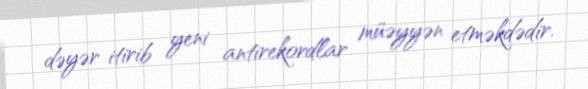
dəyər itirib yeni antirekordlar müəyyən etməkdədir.